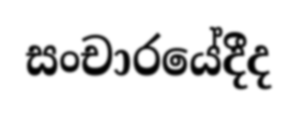
සංචාරයේදීද